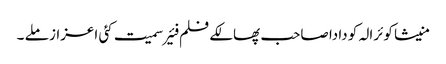
منیشا کوئرالہ کو دادا صاحب پھالکے فلم فئیر سمیت کئی اعزاز ملے ۔